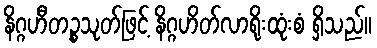
နိဂ္ဂဟီတဉ္စသုတ်ဖြင့် နိဂ္ဂဟိတ်လာရိုးထုံးစံ ရှိသည်။